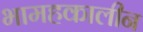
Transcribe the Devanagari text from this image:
भामहकालीन